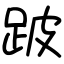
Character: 跛